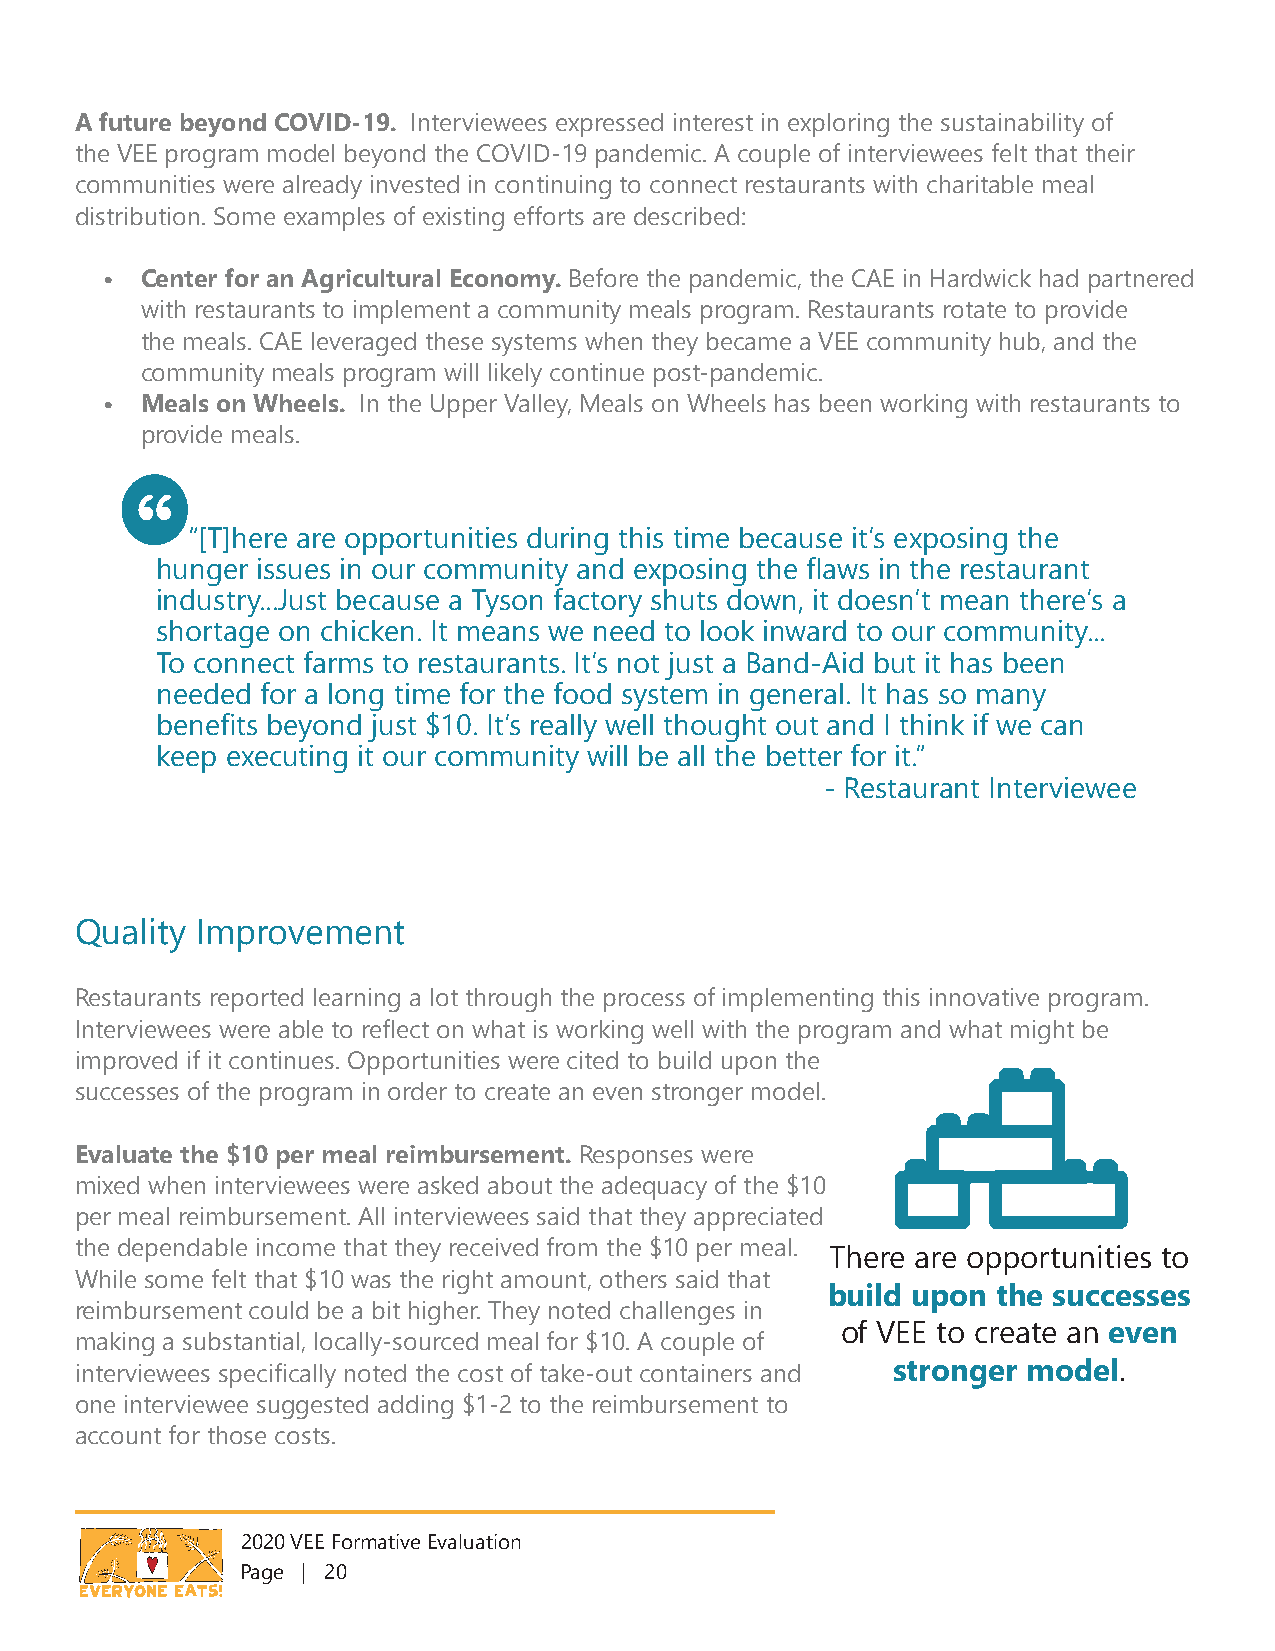
A future beyond COVID-19. Interviewees expressed interest in exploring the sustainability of
 the VEE program model beyond the COVID-19 pandemic. A couple of interviewees felt that their
 communities were already invested in continuing to connect restaurants with charitable meal
 distribution. Some examples of existing efforts are described:
 • Center for an Agricultural Economy. Before the pandemic, the CAE in Hardwick had partnered
 with restaurants to implement a community meals program. Restaurants rotate to provide
 the meals. CAE leveraged these systems when they became a VEE community hub, and the
 community meals program will likely continue post-pandemic.
 • Meals on Wheels. In the Upper Valley, Meals on Wheels has been working with restaurants to
 provide meals.
 “[T]here are opportunities during this time because it’s exposing the
 hunger issues in our community and exposing the flaws in the restaurant
 industry...Just because a Tyson factory shuts down, it doesn’t mean there’s a
 shortage on chicken. It means we need to look inward to our community...
 To connect farms to restaurants. It’s not just a Band-Aid but it has been
 needed for a long time for the food system in general. It has so many
 benefits beyond just $10. It’s really well thought out and I think if we can
 keep executing it our community will be all the better for it.”
 - Restaurant Interviewee
 Quality Improvement
 Restaurants reported learning a lot through the process of implementing this innovative program.
 Interviewees were able to reflect on what is working well with the program and what might be
 improved if it continues. Opportunities were cited to build upon the
 successes of the program in order to create an even stronger model.
 Evaluate the $10 per meal reimbursement. Responses were
 mixed when interviewees were asked about the adequacy of the $10
 per meal reimbursement. All interviewees said that they appreciated
 the dependable income that they received from the $10 per meal.
 There are opportunities to
 While some felt that $10 was the right amount, others said that
 build upon the successes
 reimbursement could be a bit higher. They noted challenges in
 of VEE to create an even
 making a substantial, locally-sourced meal for $10. A couple of
 interviewees specifically noted the cost of take-out containers and stronger model.
 one interviewee suggested adding $1-2 to the reimbursement to
 account for those costs.
 2020 VEE Formative Evaluation
 Page | 20